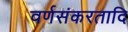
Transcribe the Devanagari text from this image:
वर्णसंकरतादि